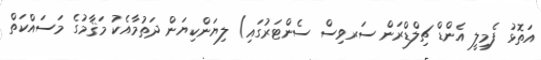
އަތޮޅު ފެމިލީ އެންޑް ޗިލްޑްރަން ސަރވިސް ސެންޓަރުގައި) ލިޔަންކިޔަން ދަތުމާއެކު މަޤާމުގެ މަސައްކަތް